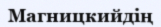
Магницкийдің